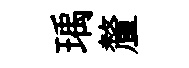
瑀釐